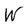
Character: W